Report of the Bombay Plague Committee
Disease focus: Plague
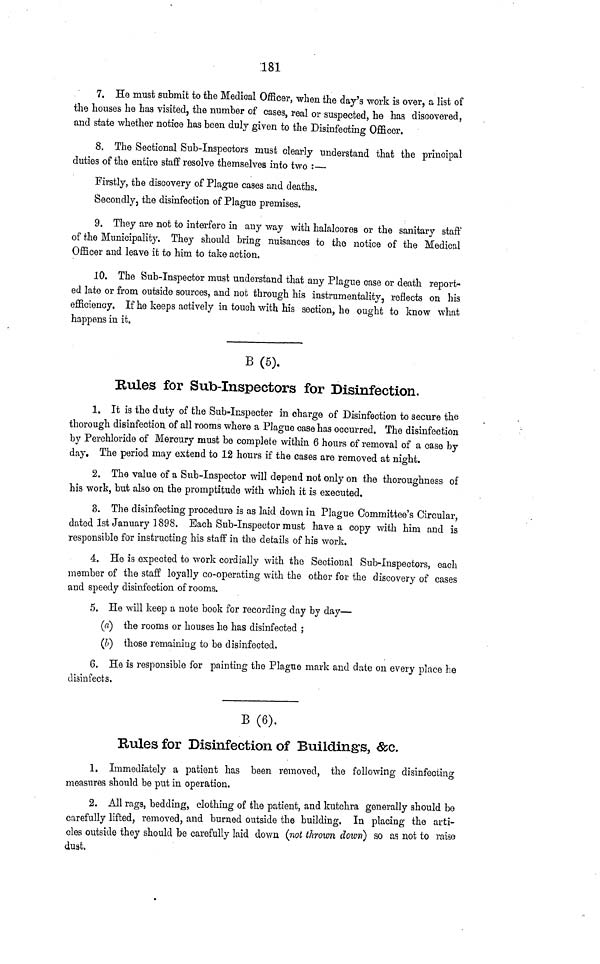
181
7. He must submit to the Medical Officer, when the day's work is over, a list of
the houses he has visited, the number of cases, real or suspected, he has discovered,
and state whether notice has been duly given to the Disinfecting Officer.
8. The Sectional Sub-Inspectors must clearly understand that the principal
duties of the entire staff resolve themselves into two :—
Firstly, the discovery of Plague cases and deaths.
Secondly, the disinfection of Plague premises.
9. They are not to interfere in any way with halalcores or the sanitary staff
of the Municipality. They should bring nuisances to the notice of the Medical
Officer and leave it to him to take action.
10. The Sub-Inspector must understand that any Plague case or death report-
ed late or from outside sources, and not through his instrumentality, reflects on his
efficiency. If he keeps actively in touch with his section, he ought to know what
happens in it.
B(6).
Rules for Sub-Inspectors for Disinfection.
1. It is the duty of the Sub-Inspecter in charge of Disinfection to secure the
thorough disinfection of all rooms where a Plague case has occurred. The disinfection
by Perchloride of Mercury must be complete within 6 hours of removal of a case by
day. The period may extend to 12 hours if the cases are removed at night.
2. The value of a Sub-Inspector will depend not only on the thoroughness of
his work, but also on the promptitude with which it is executed.
3. The disinfecting procedure is as laid down in Plague Committee's Circular,
dated 1st January 1898. Bach Sub-Inspector must have a copy with him and is
responsible for instructing his staff in the details of his work.
4. He is expected to work cordially with the Sectional Sub-Inspectors, each
member of the staff loyally co-operating with the other for the discovery of cases
and speedy disinfection of rooms.
5. He will keep a note book for recording day by day—
(a) the rooms or houses he has disinfected ;
(&) those remaining to be disinfected.
6. He is responsible for painting the Plague mark and date on every place he
disinfects.
B(6).
Rules for Disinfection of Buildings, &c.
1. Immediately a patient has been removed, the following disinfecting
measures should be put in operation.
2. All rags, bedding, clothing of the patient, and kutchra generally should be
carefully lifted, removed, and burned outside the building. In placing the arti-
cles outside they should be carefully laid down (not thrown down) so as not to raise
dust.